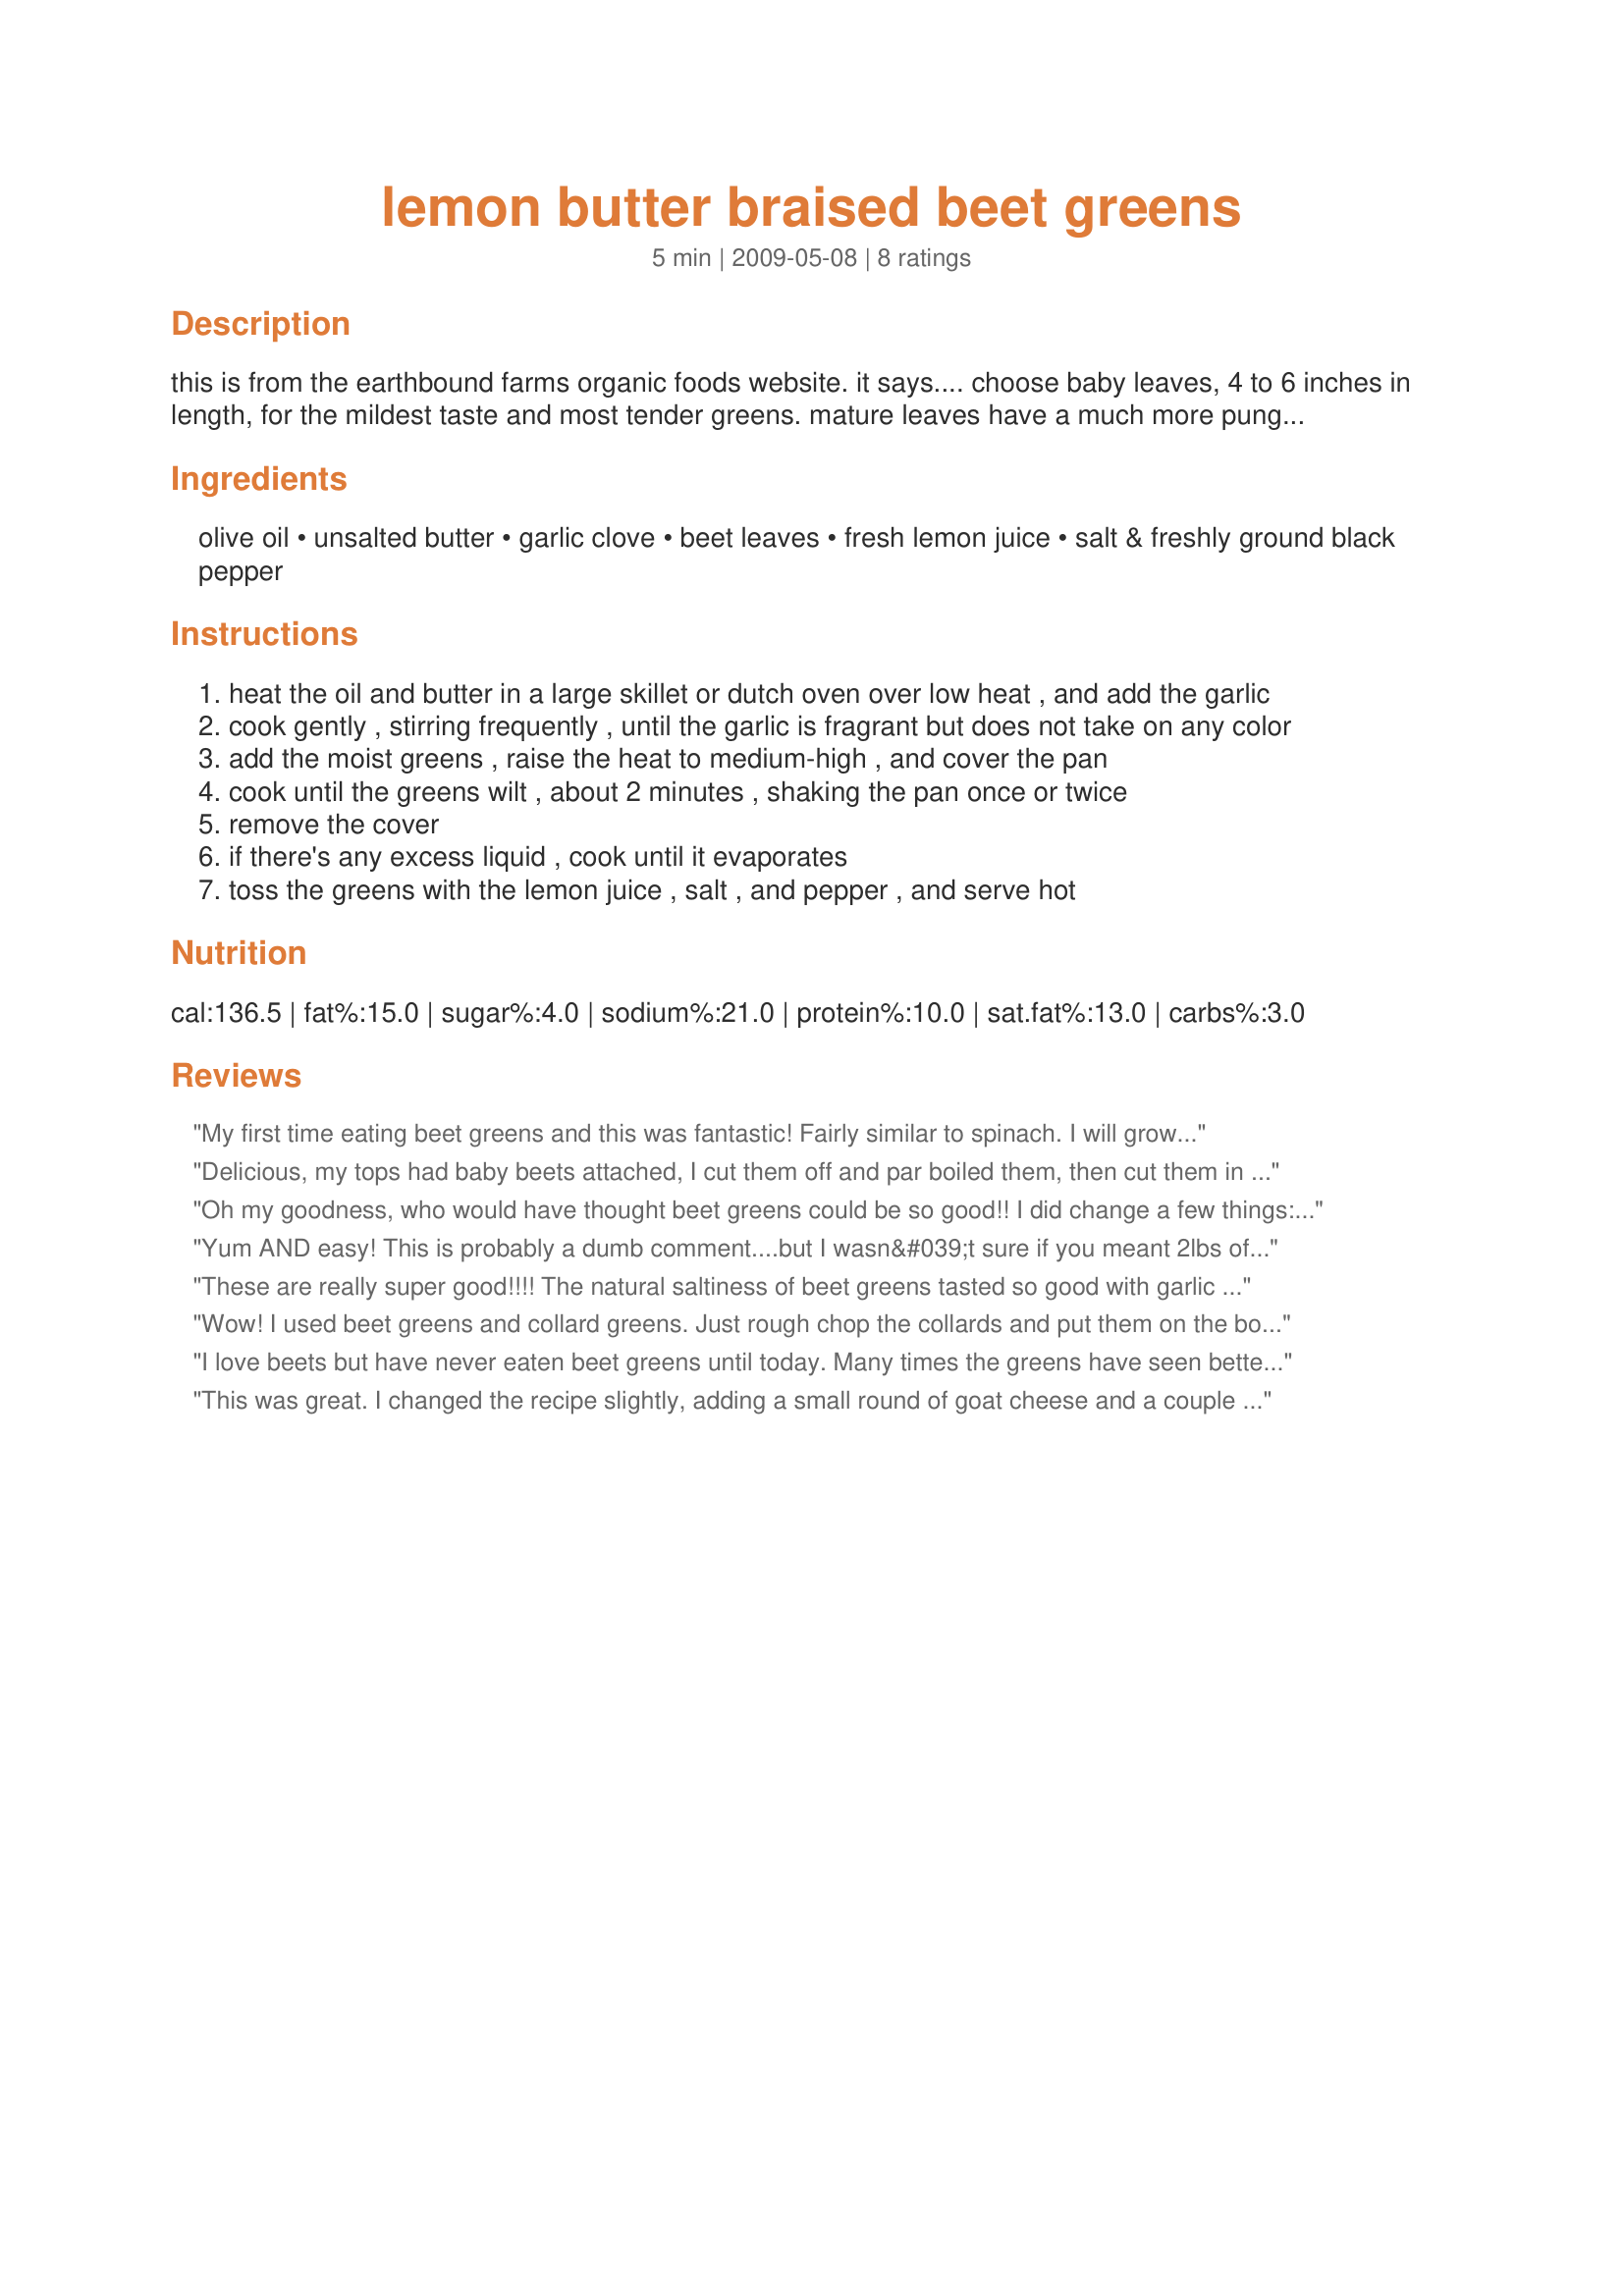
lemon butter braised beet greens
Preparation time: 5 minutes

this is from the earthbound farms organic foods website. it says....
choose baby leaves, 4 to 6 inches in length, for the mildest taste and most tender greens. mature leaves have a much more pungent flavor and are best boiled until tender. this simple saute takes just a few minutes to cook and makes a lovely accompaniment to roast chicken or steak.

Ingredients:
olive oil, unsalted butter, garlic clove, beet leaves, fresh lemon juice, salt & freshly ground black pepper

Steps:
heat the oil and butter in a large skillet or dutch oven over low heat , and add the garlic
cook gently , stirring frequently , until the garlic is fragrant but does not take on any color
add the moist greens , raise the heat to medium-high , and cover the pan
cook until the greens wilt , about 2 minutes , shaking the pan once or twice
remove the cover
if there's any excess liquid , cook until it evaporates
toss the greens with the lemon juice , salt , and pepper , and serve hot

Reviews:
My first time eating beet greens and this was fantastic! Fairly similar to spinach. I will grow beets for their tops from now on!
Thanks for the recipe.
Delicious, my tops had baby beets attached, I cut them off and par boiled them, then cut them in half and added them to the greens. loved the addition of garlic and lemon juice. I will be making this again, thanks for posting.
Oh my goodness, who would have thought beet greens could be so good!! I did change a few things:
-I did not use baby beet greens, just regular ones;
-I rough-chopped the greens to make them easier to eat, and cut the red stems completely off, chopping them into 1/2" chunks, which I added to the pot;
-I'd run out of fresh garlic so I used 1/2 teaspoon garlic powder;
-I used 1 tablespoon lemon juice, 1/4 teaspoon each salt and pepper (be sure to use freshly ground pepper)

Simple, fast, dee-lish!!
Yum AND easy! This is probably a dumb comment....but I wasn&#039;t sure if you meant 2lbs of greens or the greens from 2lbs of beets. Anyway, I used the greens from 2 bunches of beets and it turned out great. Thanks Chef Gruyere.......
These are really super good!!!! The natural saltiness of beet greens tasted so good with garlic lemon butter!!! I only had three beet tops so I didn't quite have 2 lbs but I will make this recipe any time I have beet green tops and with all types of greens like chard or spinach!! Thanks for the recipe!!!!!!
Wow! I used beet greens and collard greens. Just rough chop the collards and put them on the bottom of the pan. I had to stop myself from eating it all before my husband got home.
I love beets but have never eaten beet greens until today. Many times the greens have seen better days but this bunch of beets had lovely fresh looking greens so I used this recipe but diced half a red onion that I saut&eacute;ed in the olive oil/butter mixture and then added the garlic and then the greens. The lemon juice is a must, and of course salt and pepper. I served it at room temp with sliced roasted beets and crumbled goat cheese. It was wonderful!
This was great. I changed the recipe slightly, adding a small round of goat cheese and a couple slices of chopped bacon as well.... Yummmy!! More importantly, my husband loved it!
